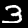
Label: 3